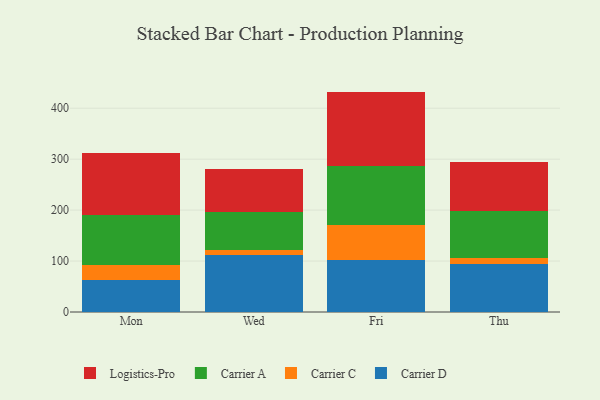
{"axis": {"x": "Day", "y": "Website Visitors"}, "legend": ["Carrier A", "Carrier C", "Carrier D", "Logistics-Pro"], "data": [{"x": "Mon", "y": 63.0, "type": "Carrier D"}, {"x": "Mon", "y": 29.4, "type": "Carrier C"}, {"x": "Mon", "y": 98.2, "type": "Carrier A"}, {"x": "Mon", "y": 121.7, "type": "Logistics-Pro"}, {"x": "Wed", "y": 111.9, "type": "Carrier D"}, {"x": "Wed", "y": 9.1, "type": "Carrier C"}, {"x": "Wed", "y": 75.9, "type": "Carrier A"}, {"x": "Wed", "y": 84.6, "type": "Logistics-Pro"}, {"x": "Fri", "y": 101.3, "type": "Carrier D"}, {"x": "Fri", "y": 69.7, "type": "Carrier C"}, {"x": "Fri", "y": 115.9, "type": "Carrier A"}, {"x": "Fri", "y": 145.7, "type": "Logistics-Pro"}, {"x": "Thu", "y": 94.8, "type": "Carrier D"}, {"x": "Thu", "y": 10.6, "type": "Carrier C"}, {"x": "Thu", "y": 93.4, "type": "Carrier A"}, {"x": "Thu", "y": 95.1, "type": "Logistics-Pro"}]}